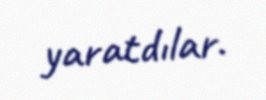
yaratdılar.